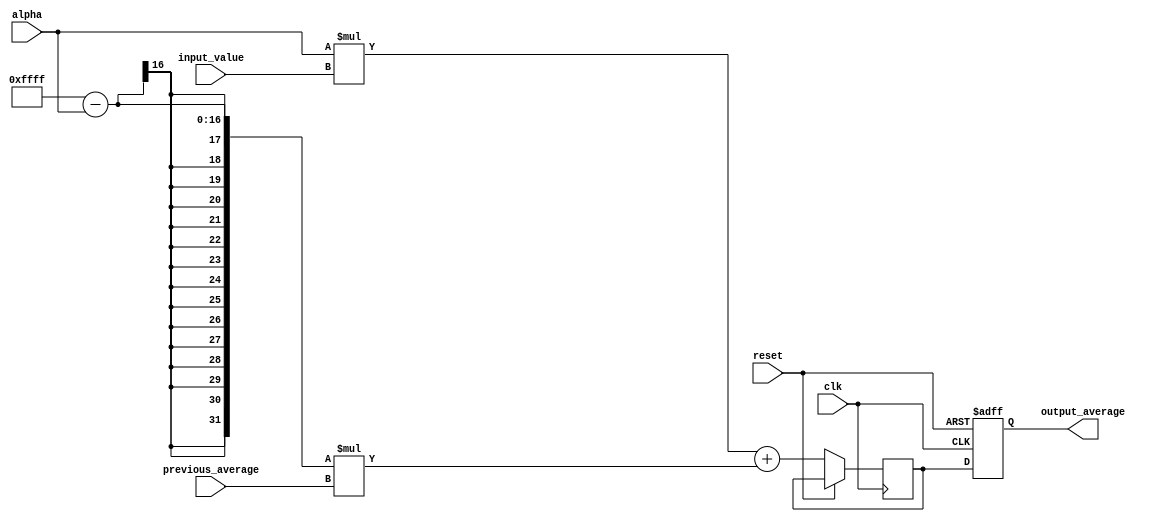
module exponential_moving_average(
    input wire clk,
    input wire reset,
    input wire signed [31:0] input_value,
    input wire signed [31:0] previous_average,
    input wire signed [15:0] alpha,
    output reg signed [31:0] output_average
);

reg signed [31:0] temp;

always @(posedge clk or posedge reset) begin
    if (reset) begin
        output_average <= 0;
    end else begin
        temp <= alpha * input_value + (16'b1111111111111111 - alpha) * previous_average;
        output_average <= temp;
    end
end

endmodule